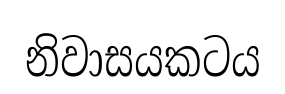
නිවාසයකටය